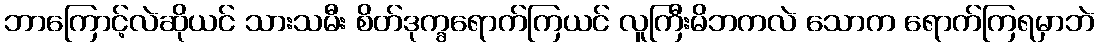
ဘာကြောင့်လဲဆိုယင် သားသမီး စိတ်ဒုက္ခရောက်ကြယင် လူကြီးမိဘကလဲ သောက ရောက်ကြရမှာဘဲ